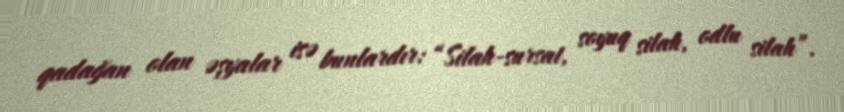
qadağan olan əşyalar isə bunlardır: “Silah-sursat, soyuq silah, odlu silah”.